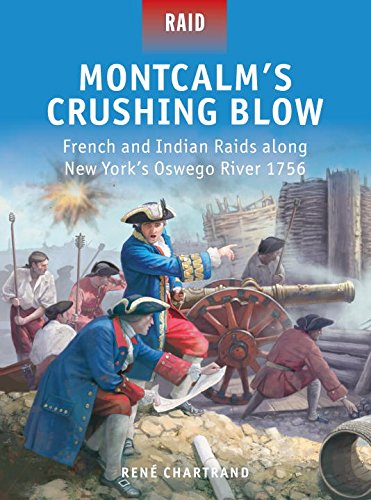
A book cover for Montcalm's Crushing Blow - French and Indian Raids along New York's Oswego River 1756; Rene Chartrand; History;